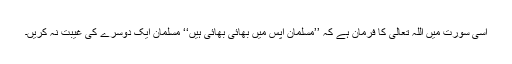
اسی سورت میں اللہ تعالیٰ کا فرمان ہے کہ ’’مسلمان آپس میں بھائی بھائی ہیں‘‘ مسلمان ایک دوسرے کی غیبت نہ کریں۔